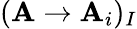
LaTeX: (\mathbf{A}\to\mathbf{A}_{i})_{I}